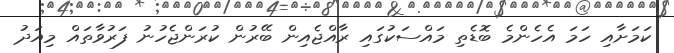
ކަމަށާއި ހަމަ އެހެންމެ ބޮޑެތި މައްސަކުގައި ރާއްޖެއިން ބޭރުން ކުރަންޖެހުނު ފަރުވާތައް މިއަދު